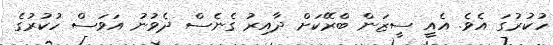
ހުކުރުގަ އެވެ. އެއީ ސީޒަން ބްރޭކަށް ދާއިރު ގެނެސް ދެވުނު އަވަސް ހުކުރުގެ